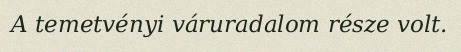
A temetvényi váruradalom része volt.